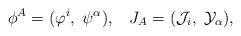
LaTeX: \begin{align*}\phi^A=(\varphi^i,\;\psi^\alpha),\;\;\; J_A=({\cal J}_i,\;{\cal Y}_\alpha),\\\end{align*}